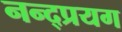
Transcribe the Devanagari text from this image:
नन्द्प्रयग